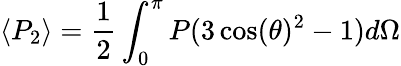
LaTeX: \langle P_{2}\rangle=\frac{1}{2}\int_{0}^{\pi}P(3\cos(\theta)^{2}-1)d\Omega